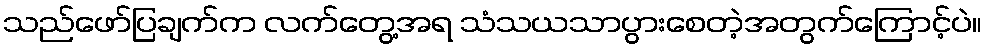
သည်ဖော်ပြချက်က လက်တွေ့အရ သံသယသာပွားစေတဲ့အတွက်ကြောင့်ပဲ။